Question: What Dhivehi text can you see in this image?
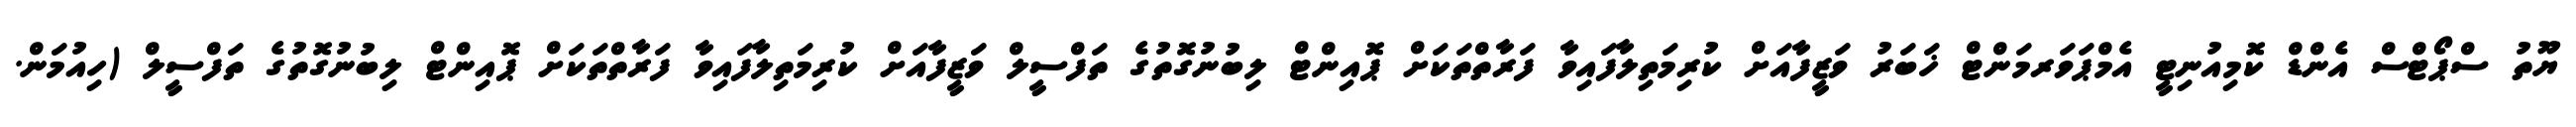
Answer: ޔޫތު ސްޕޯޓްސް އެންޑް ކޮމިއުނިޓީ އެމްޕަވަރމަންޓް ޚަބަރު ވަޒީފާއަށް ކުރިމަތިލާފައިވާ ފަރާތްތަކަށް ޕޮއިންޓް ލިބުނުގޮތުގެ ތަފްސީލް ވަޒީފާއަށް ކުރިމަތިލާފައިވާ ފަރާތްތަކަށް ޕޮއިންޓް ލިބުނުގޮތުގެ ތަފްސީލް (ހިއުމަން.